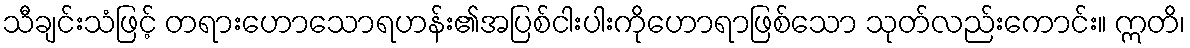
သီချင်းသံဖြင့် တရားဟောသောရဟန်း၏အပြစ်ငါးပါးကိုဟောရာဖြစ်သော သုတ်လည်းကောင်း။ ဣတိ၊